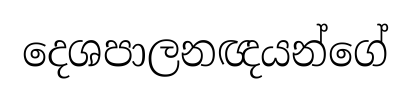
දෙශපාලනඥයන්ගේ